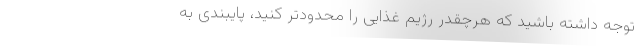
توجه داشته باشید که هرچقدر رژیم غذایی را محدود‌تر کنید، پایبندی به